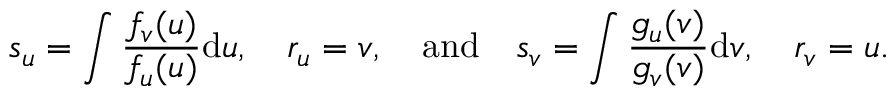
s _ { u } = \int \frac { f _ { v } ( u ) } { f _ { u } ( u ) } \mathrm { d } u , \quad r _ { u } = v , \quad \mathrm { a n d } \quad s _ { v } = \int \frac { g _ { u } ( v ) } { g _ { v } ( v ) } \mathrm { d } v , \quad r _ { v } = u .